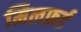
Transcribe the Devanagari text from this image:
मिलफ़र्ड